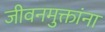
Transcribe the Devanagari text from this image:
जीवनमुक्तांना